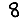
Digit: 8